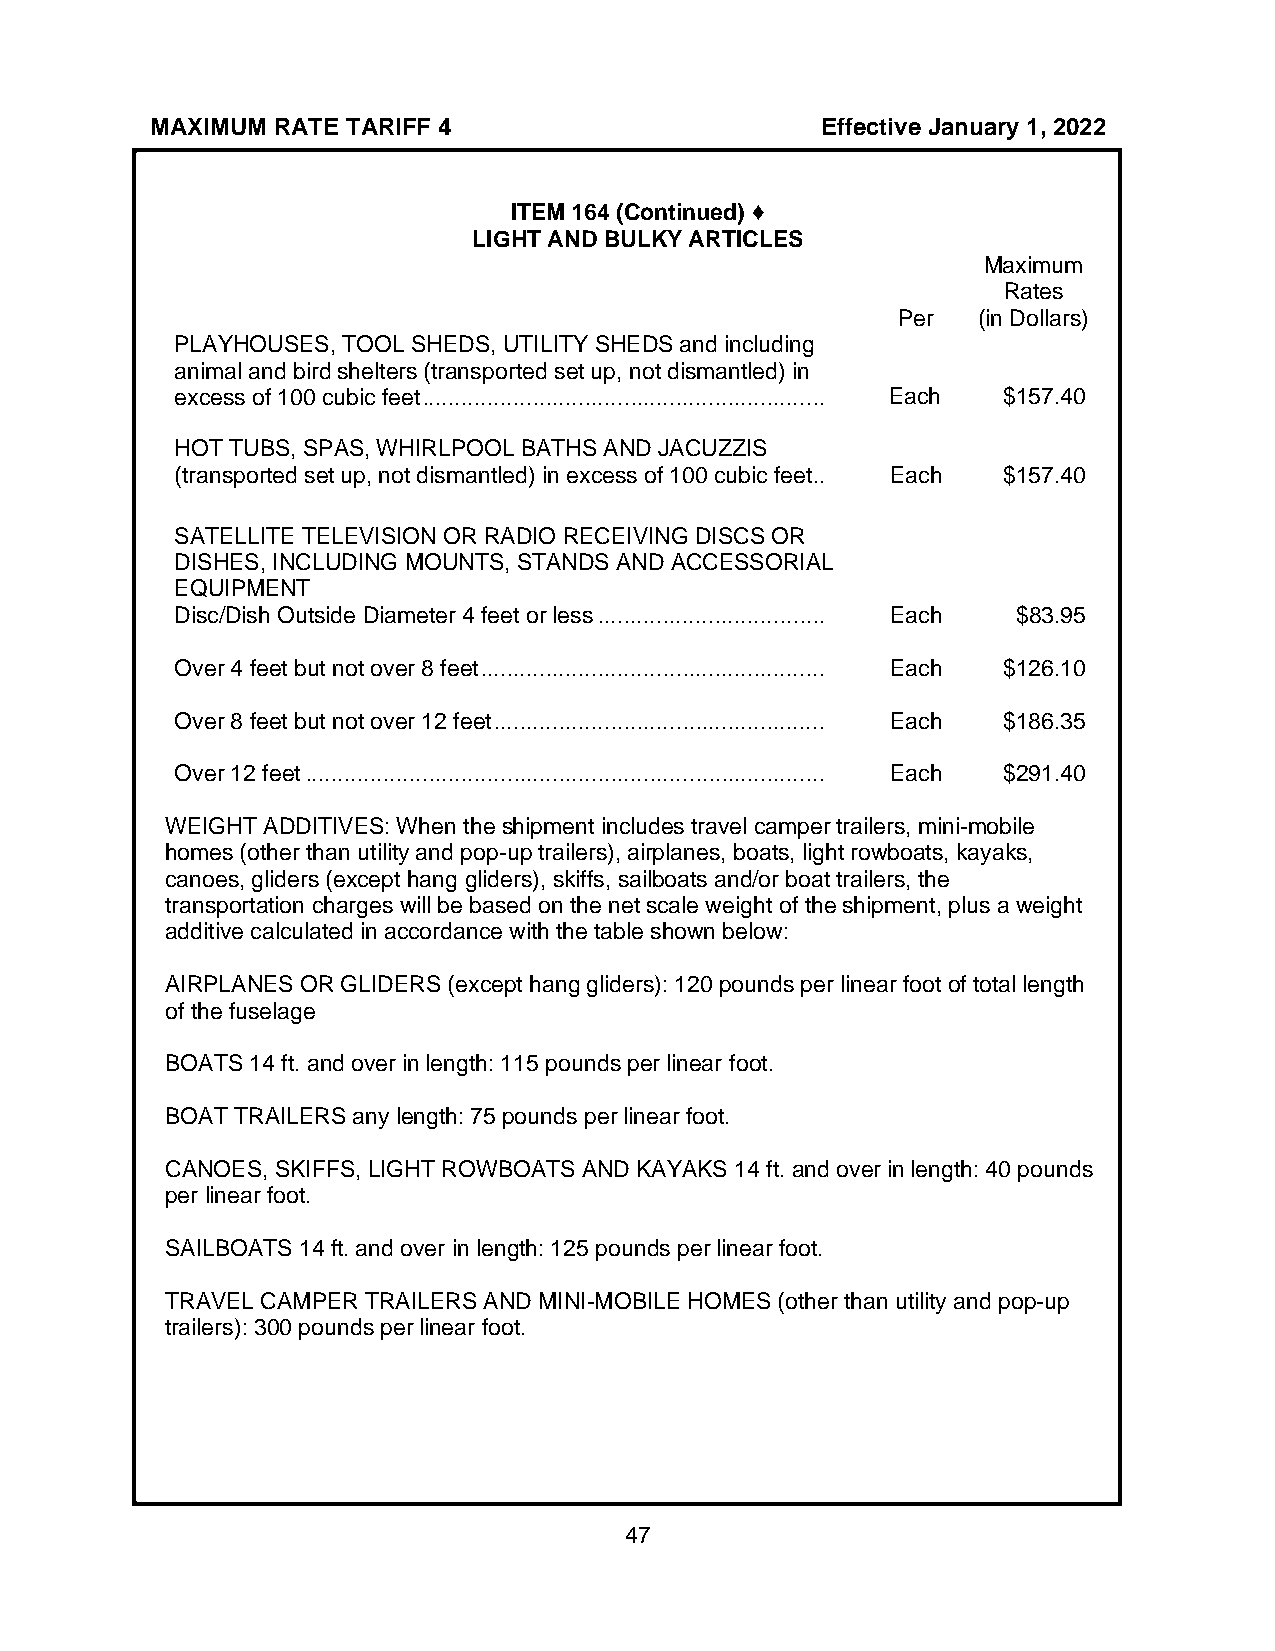
MAXIMUM RATE TARIFF 4                       Effective January 1, 2022
 ITEM 164 (Continued) ♦
 LIGHT AND BULKY ARTICLES
 Maximum
 Rates
 Per   (in Dollars)
 PLAYHOUSES, TOOL SHEDS, UTILITY SHEDS and including
 animal and bird shelters (transported set up, not dismantled) in
 excess of 100 cubic feet .............................................................. Each $157.40
 HOT TUBS, SPAS, WHIRLPOOL BATHS AND JACUZZIS
 (transported set up, not dismantled) in excess of 100 cubic feet.. Each $157.40
 SATELLITE TELEVISION OR RADIO RECEIVING DISCS OR
 DISHES, INCLUDING MOUNTS, STANDS AND ACCESSORIAL
 EQUIPMENT
 Disc/Dish Outside Diameter 4 feet or less ................................... Each $83.95
 Over 4 feet but not over 8 feet ..................................................... Each $126.10
 Over 8 feet but not over 12 feet ................................................... Each $186.35
 Over 12 feet ................................................................................ Each $291.40
 WEIGHT ADDITIVES: When the shipment includes travel camper trailers, mini-mobile
 homes (other than utility and pop-up trailers), airplanes, boats, light rowboats, kayaks,
 canoes, gliders (except hang gliders), skiffs, sailboats and/or boat trailers, the
 transportation charges will be based on the net scale weight of the shipment, plus a weight
 additive calculated in accordance with the table shown below:
 AIRPLANES OR GLIDERS (except hang gliders): 120 pounds per linear foot of total length
 of the fuselage
 BOATS 14 ft. and over in length: 115 pounds per linear foot.
 BOAT TRAILERS any length: 75 pounds per linear foot.
 CANOES, SKIFFS, LIGHT ROWBOATS AND KAYAKS 14 ft. and over in length: 40 pounds
 per linear foot.
 SAILBOATS 14 ft. and over in length: 125 pounds per linear foot.
 TRAVEL CAMPER TRAILERS AND MINI-MOBILE HOMES (other than utility and pop-up
 trailers): 300 pounds per linear foot.
 47